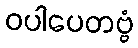
ဝပါပေတဗ္ဗံ